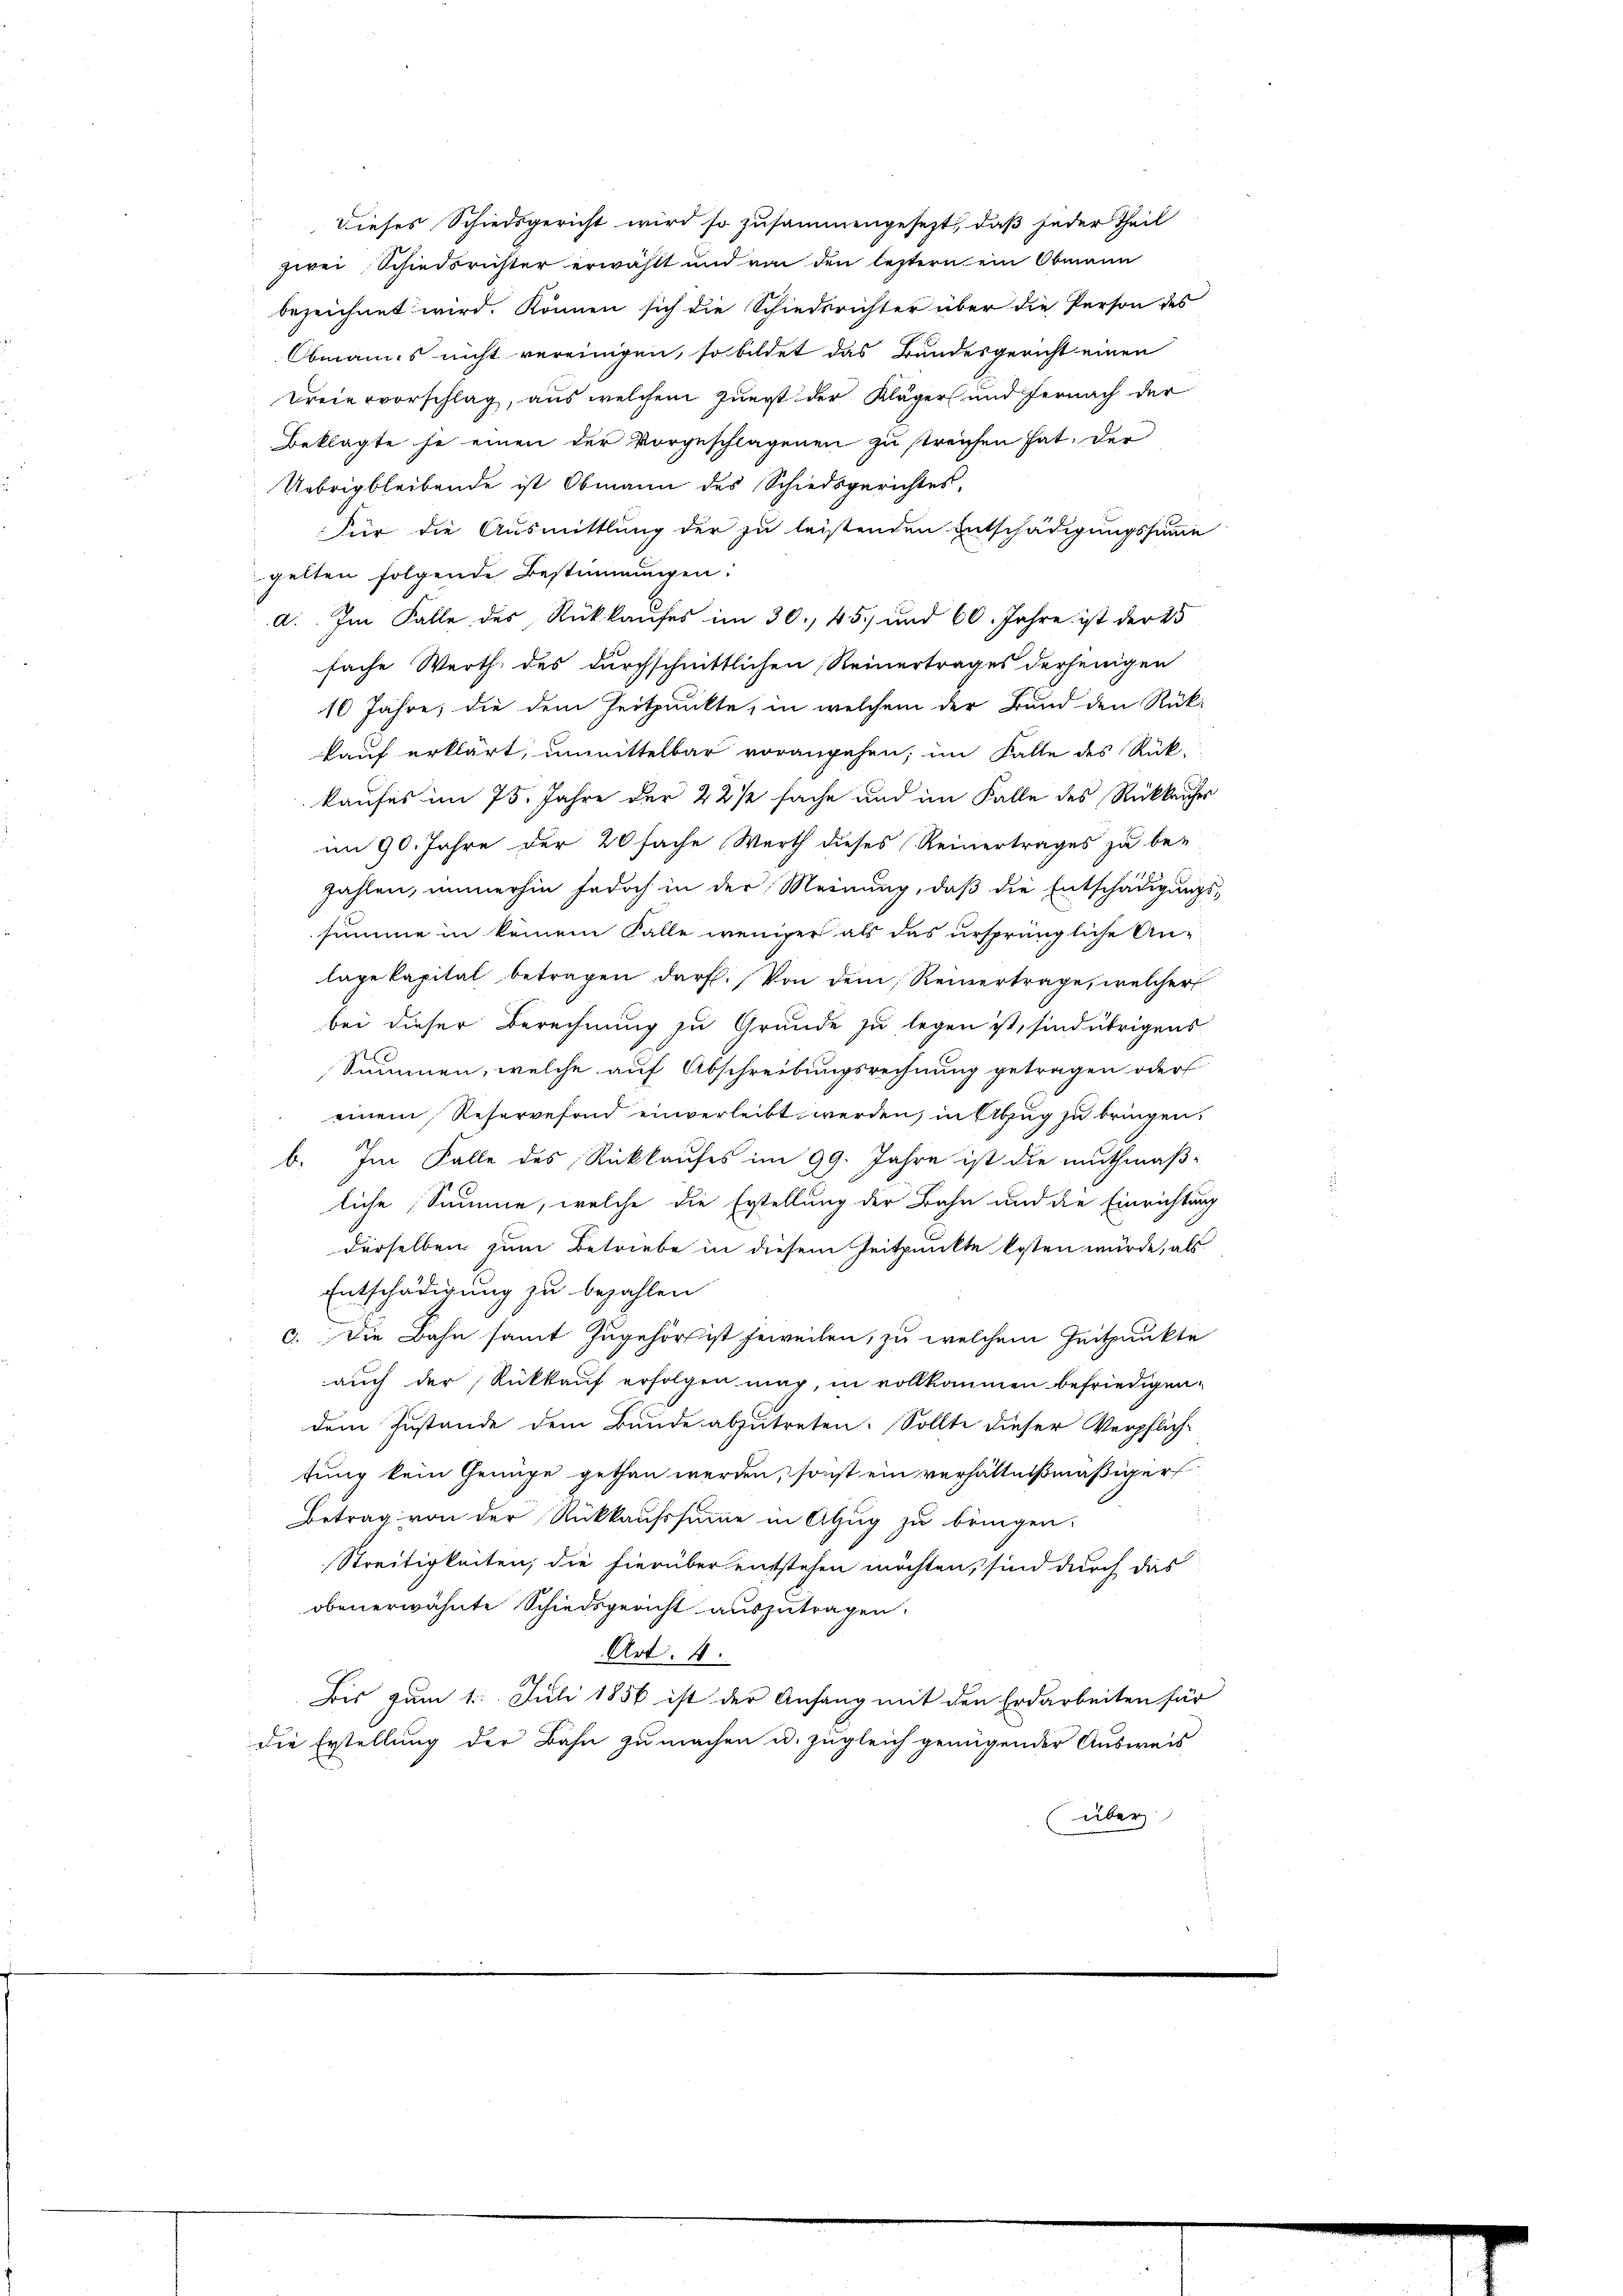
Dieses Schiedsgericht wird so zusammengesezt, daß jeder Theil
zwei Schiedsrichter erwählt und von den leztern ein Obmann
bezeichnet wird. Können sich die Schiederichter über die Person des
Obmanns nicht vereinigen, so bildet das Bandesgericht einen
Freiervorschlag, aus welchem zuerst der Kläger und hernach der
Beklagte se einen der vorgeschlagenen zu streichen hat. Der
Uebrig bleibende ist Obmann des Schiedsgerichtes,
Für die Ausmittlung der zu leistenden Entschädigungssumme
gelten folgende Bestimmungen:
a. Im Falle des Rückkaufes im 30. 45) und 60. Jahre ist der 25
fache Werth des durchschnittlichen Reinertrages derjenigen
10 Jahre, die dem Zeitpunkte, in welchem der Bund den Rück-
kauf erklärt, unmittelbar vorangehen; im Falle des Rückkaufes im 75. Jahre der 22/2 sache und im Falle des Rückkaufer
im 90. Jahre der 20fache Werth dieses Reinertrages zu bezahlen, immerhin jedoch in der Meinung, daß die Entschädigungs-
summe in keinem Falle weniger als das ursprüngliche An-
lage kapital betragen darf. Von dem Reinertrage, welcher
bei dieser Berechnung zu Grunde zu legen ist, sind übrigens
Summen, welche auf Abschreibungsrechnung getragen oder
einem Reservefond einverleibt werden, in Abzug zu bringen.
b. Im Falle des Rückkaufes im 99. Jahre ist die muthmaßliche Summe, welche die Erstellung der Bahn und die Einrichtung
derselben zum Betriebe in diesem Zeitpunkte kosten würde, als
Entschädigung zu bezahlen
c. Die Bahn samt Zugehört ist jeweilen, zu welchem Zeitpunkte
auch der Rückkauf erfolgen mag, in vollkommen befriedigendem Zustande dem Bunde abzutreten. Sollte dieser Verpflich-
tung kein Grünge gethan werden, sonst ein verhältnißmäßiger
Betrag von der Rückkaufssumme in Abzug zu bringen.
Streitigkeiten, die hierüber entstehen möchten, sind durch das
obenerwähnte Schiedsgericht auszutragen.
Art. 4.
Bis zum 1. Juli 1856 ist der Anfang mit den Erdarbeiten für
die Erstellung der Bahn zu machen u. zugleich genügender Ausweis
über